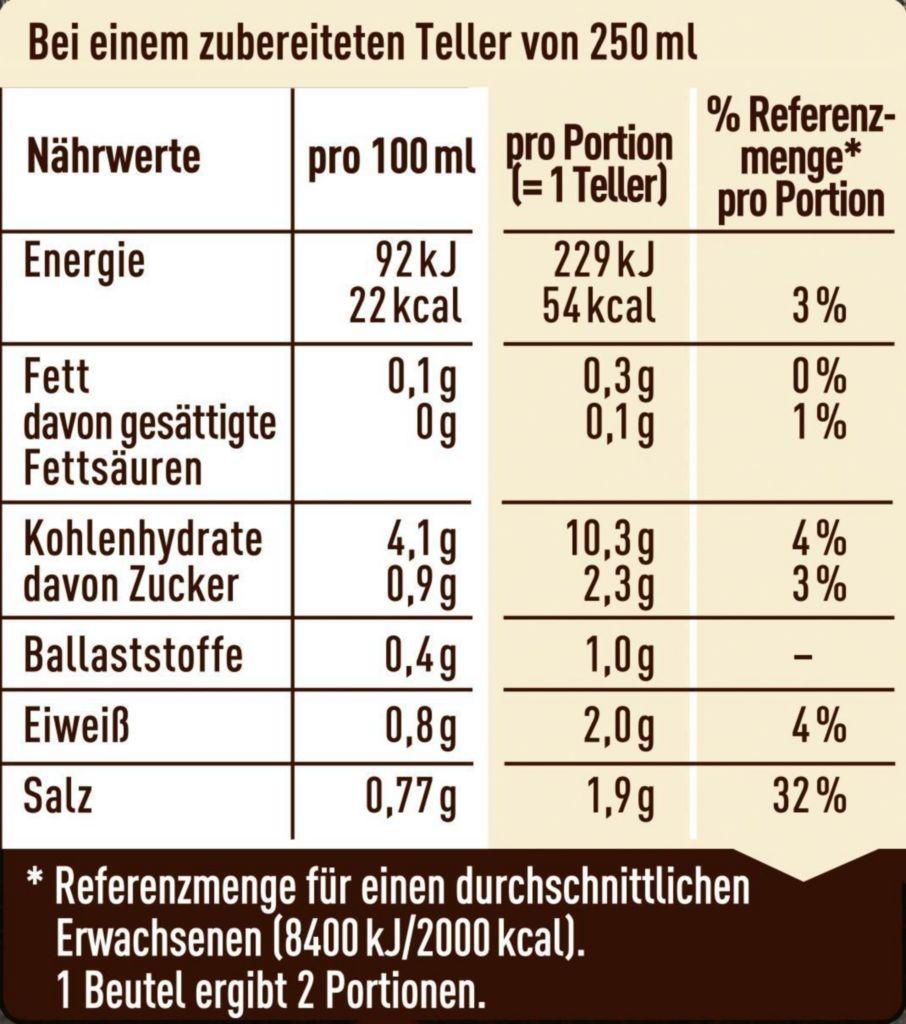
Bei einem zubereiteten Teller von 250 ml
pro 100 ml pro Portion (=1 Teller)
% Referenz- menge* pro Portion
Nährwerte
Energie
92kJ 22 kcal
229 kJ 54 kcal
3%
Fett davon gesättigte Fettsäuren
0,1g 0g
0,3 g 0,1g
0% 1%
Kohlenhydrate davon Zucker
4,1g 0,9 g
10,3g 2,3g
4% 3%
Ballaststoffe
0,4g
1,0g
Eiweiß
0,8g
2,0g
4%
Salz
0,77g
1,9 g
32 %
Referenzmenge für einen durchschnittlichen Erwachsenen (8400 kJ/2000 kcal). 1 Beutel ergibt 2 Portionen.